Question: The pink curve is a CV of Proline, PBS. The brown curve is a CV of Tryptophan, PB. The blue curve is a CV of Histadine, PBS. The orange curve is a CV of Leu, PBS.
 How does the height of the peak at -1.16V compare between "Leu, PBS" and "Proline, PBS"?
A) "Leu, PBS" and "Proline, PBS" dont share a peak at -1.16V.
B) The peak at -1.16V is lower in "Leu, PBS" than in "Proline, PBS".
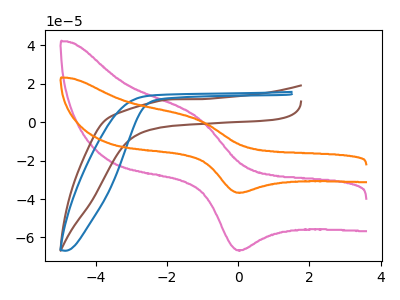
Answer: <think>The pink curve "Proline, PBS" has an anodic peak at (-1.15V, 2.70uA) and a cathodic peak at (-0.05V, -66.55uA). The brown curve "Tryptophan, PB" has no peaks. The blue curve "Histadine, PBS" has no peaks. The orange curve "Leu, PBS" has an anodic peak at (-1.15V, 1.50uA) and a cathodic peak at (-0.05V, -36.65uA).</think>
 <answer>B) The peak at -1.16V is lower in "Leu, PBS" than in "Proline, PBS".</answer>
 <eval>B</eval>